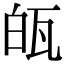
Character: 㼟